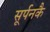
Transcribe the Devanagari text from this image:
सूर्पनकै